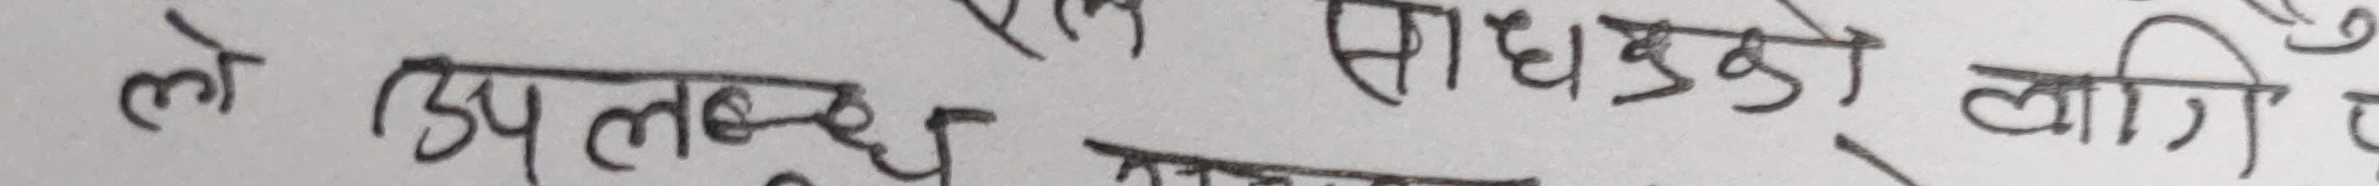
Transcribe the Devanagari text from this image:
ले उपलब्ध साधुहरुको लागि